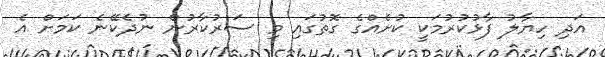
އަދި ހިޔާލު ފާޅުކުރުމަކީ ކުށެއްގެ ގޮތުގައި މި ސަރުކާރުން ނުދެކޭނެ ކަމަށް އެ